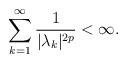
LaTeX: \begin{align*}\sum_{k=1}^{\infty} \frac{1}{\vert \lambda_{k} \vert^{2p}} < \infty.\end{align*}